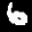
Label: 6